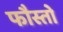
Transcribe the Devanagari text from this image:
फौस्तो